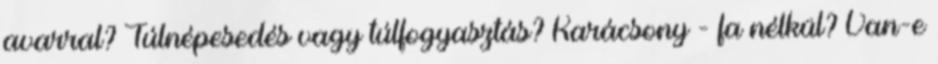
avarral? Túlnépesedés vagy túlfogyasztás? Karácsony - fa nélkül? Van-e